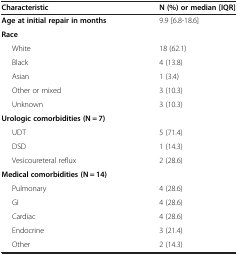
<table><thead><tr><td><b>Characteristic</b></td><td><b>N (%) or median [IQR]</b></td></tr></thead><tbody><tr><td><b>Age at initial repair in months</b></td><td>9.9 [6.8-18.6]</td></tr><tr><td><b>Race</b></td><td> </td></tr><tr><td>White</td><td>18 (62.1)</td></tr><tr><td>Black</td><td>4 (13.8)</td></tr><tr><td>Asian</td><td>1 (3.4)</td></tr><tr><td>Other or mixed</td><td>3 (10.3)</td></tr><tr><td>Unknown</td><td>3 (10.3)</td></tr><tr><td><b>Urologic comorbidities (N = 7)</b></td><td> </td></tr><tr><td>UDT</td><td>5 (71.4)</td></tr><tr><td>DSD</td><td>1 (14.3)</td></tr><tr><td>Vesicoureteral reflux</td><td>2 (28.6)</td></tr><tr><td><b>Medical comorbidities (N = 14)</b></td><td> </td></tr><tr><td>Pulmonary</td><td>4 (28.6)</td></tr><tr><td>GI</td><td>4 (28.6)</td></tr><tr><td>Cardiac</td><td>4 (28.6)</td></tr><tr><td>Endocrine</td><td>3 (21.4)</td></tr><tr><td>Other</td><td>2 (14.3)</td></tr></tbody></table>